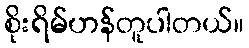
စိုးရိမ်ဟန်တူပါတယ်။